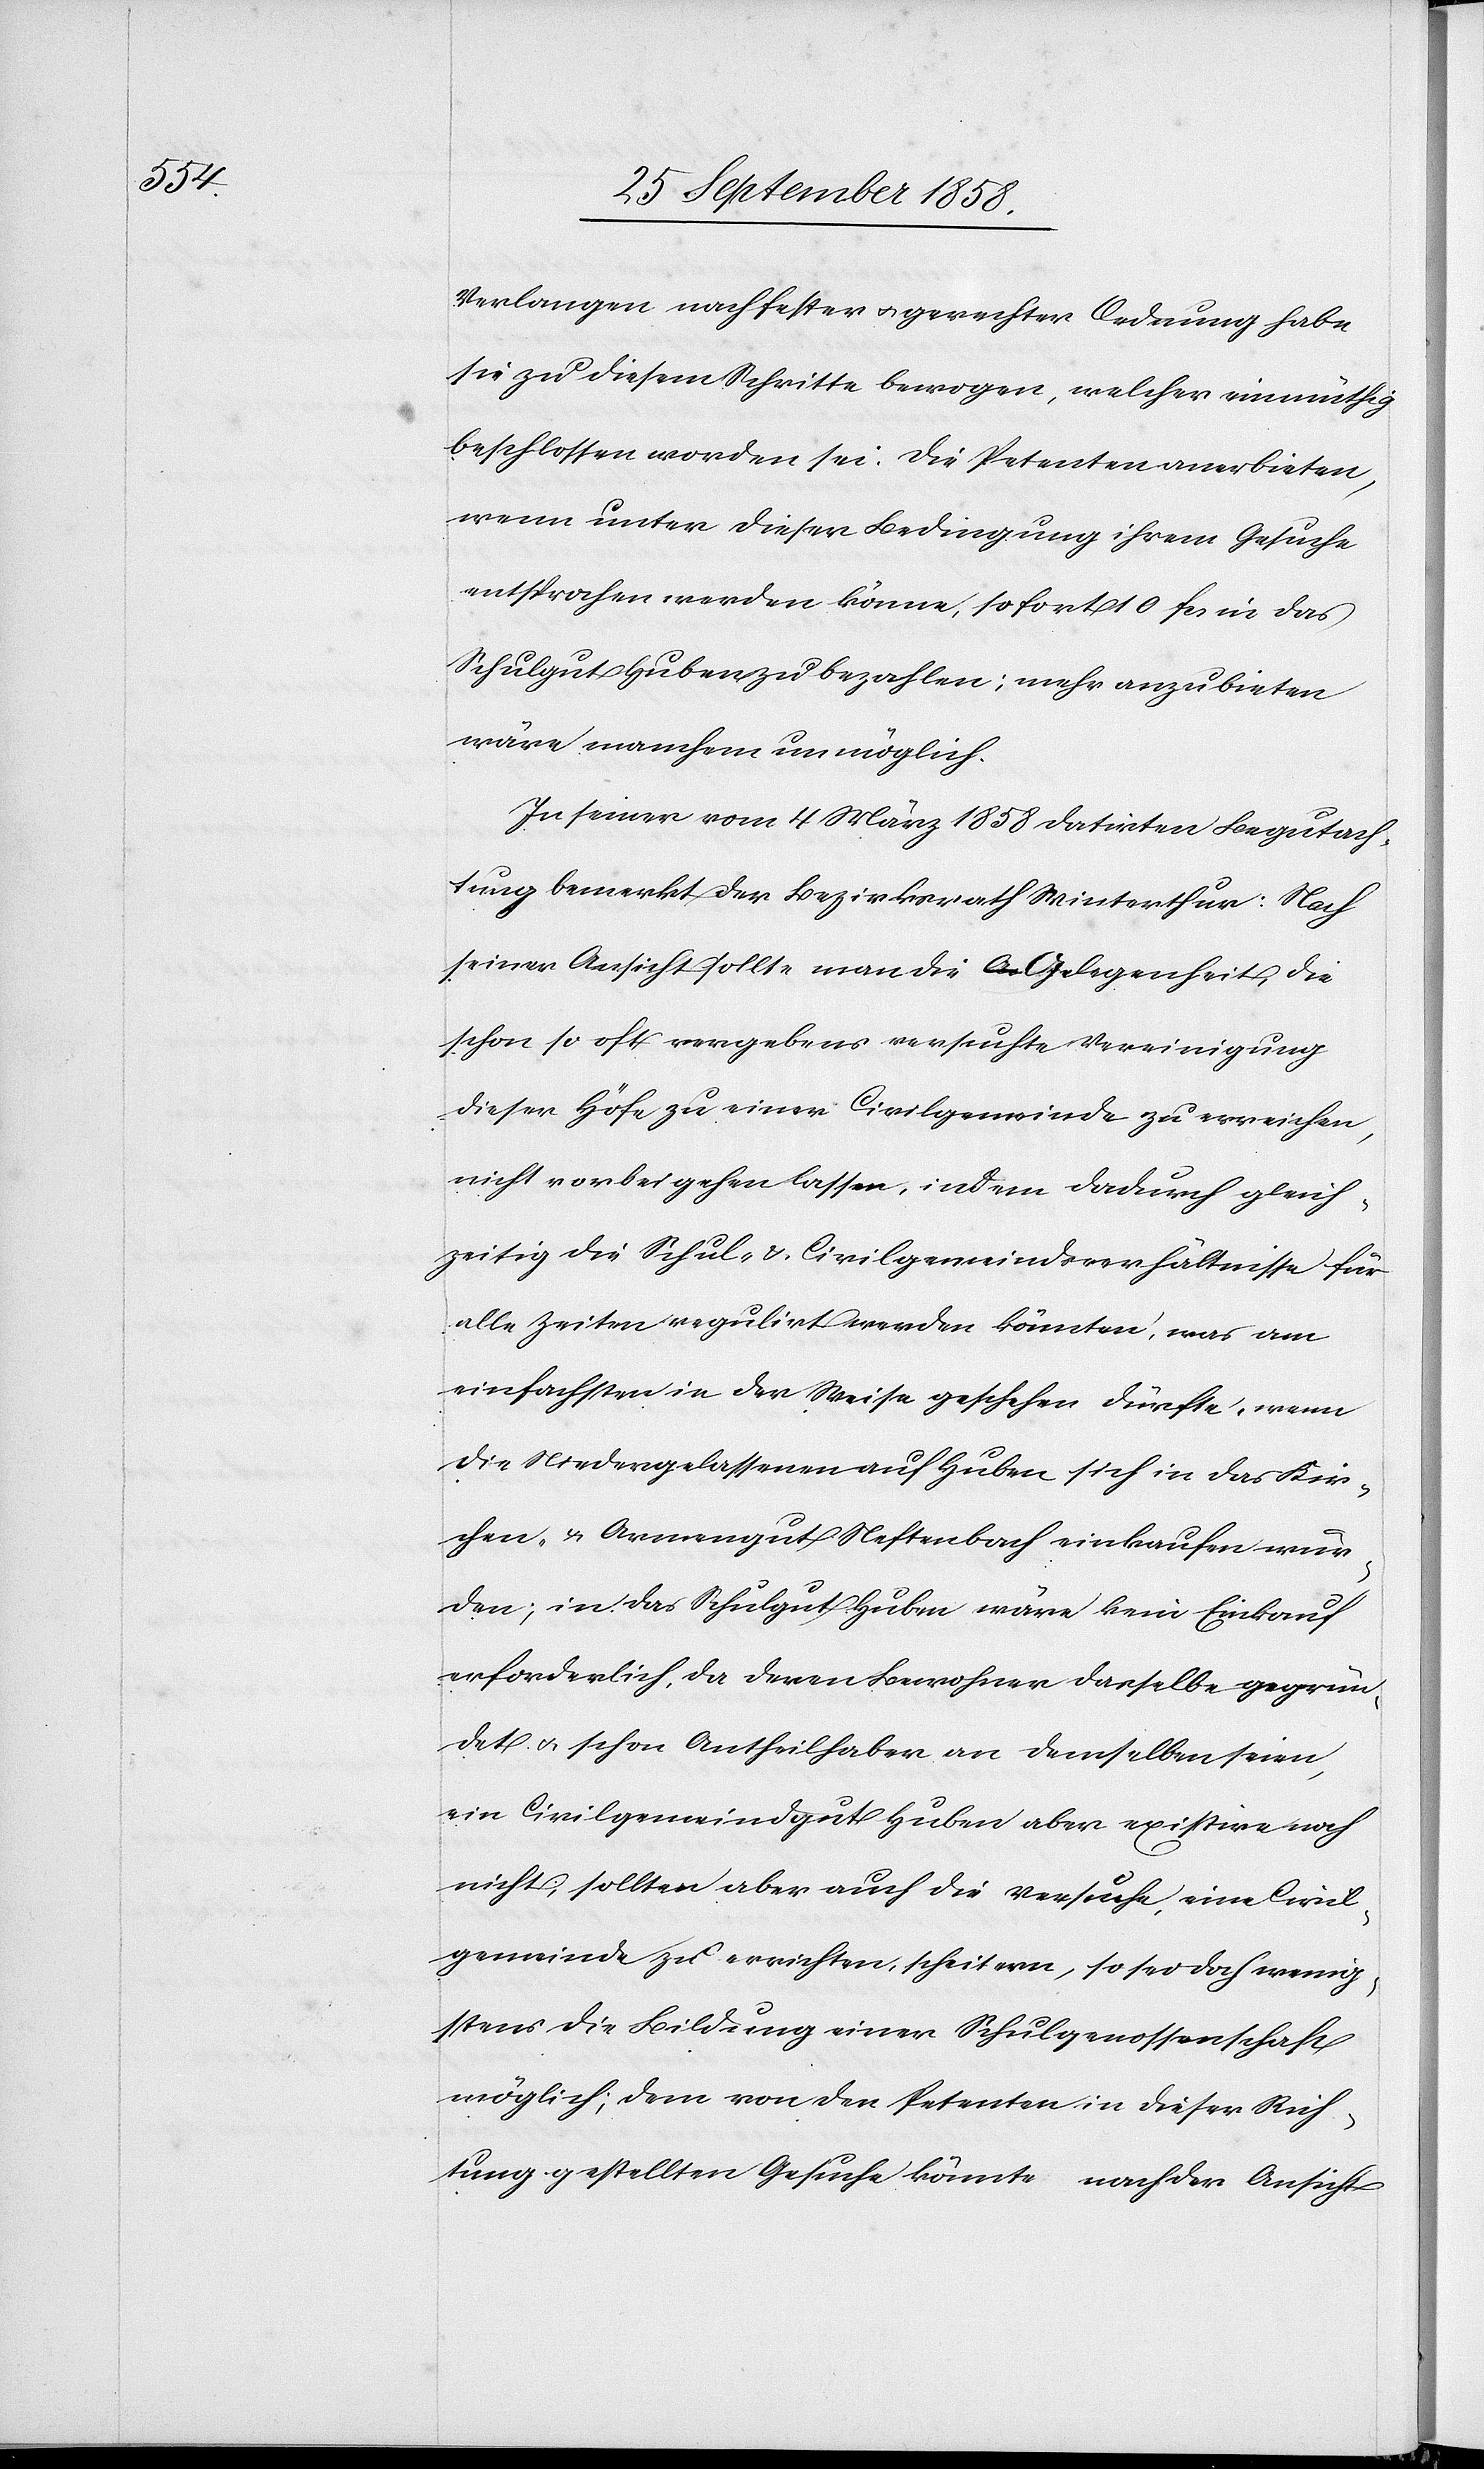
Verlangen nach fester & gerechter Ordnung habe
sie zu diesem Schritte bewogen, welcher einmüthig
beschlossen worden sei. Die Petenten anerbieten,
wenn unter dieser Bedingung ihrem Gesuche
entsprochen werden könne, sofort 10 fcs. in das
Schulgut Huben zu bezahlen; mehr anzubieten
wäre manchem unmöglich.
In seiner vom 4 März 1858 datirten Begutach¬
tung bemerkt der Bezirksrath Winterthur: Nach
seiner Ansicht sollte man die Gelegenheit, die
schon so oft vergebens versuchte Vereinigung
dieser Höfe zu einer Civilgemeinde zu erreichen,
nicht vorbeigehen lassen, indem dadurch gleich¬
zeitig die Schul- & Civilgemeindsverhältnisse für
alle Zeiten regulirt werden könnten, was am
einfachsten in der Weise geschehen dürfte, wenn
die Niedergelassenen auf Huben sich in das Kir¬
chen- & Armengut Neftenbach einkaufen wür¬
den; in das Schulgut Huben wäre kein Einkauf
erforderlich, da deren Bewohner dasselbe gegrün¬
det & schon Antheilhaber an demselben seien,
ein Civilgemeindgut Huben aber existire noch
nicht; sollten aber auch die Versuche, eine Civil¬
gemeinde zu errichten, scheitern, so sei doch wenig¬
stens die Bildung einer Schulgenossenschaft
möglich; dem von den Petenten in dieser Rich¬
tung gestellten Gesuche könnte nach der Ansicht